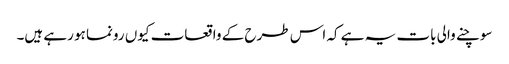
سوچنے والی بات یہ ہے کہ اس طرح کے واقعات کیوں رونما ہو رہے ہیں۔